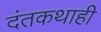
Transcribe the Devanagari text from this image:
दंतकथाही